King Institute of Preventive Medicine Micro-Biological Section reports 1909-11
Year: 1909
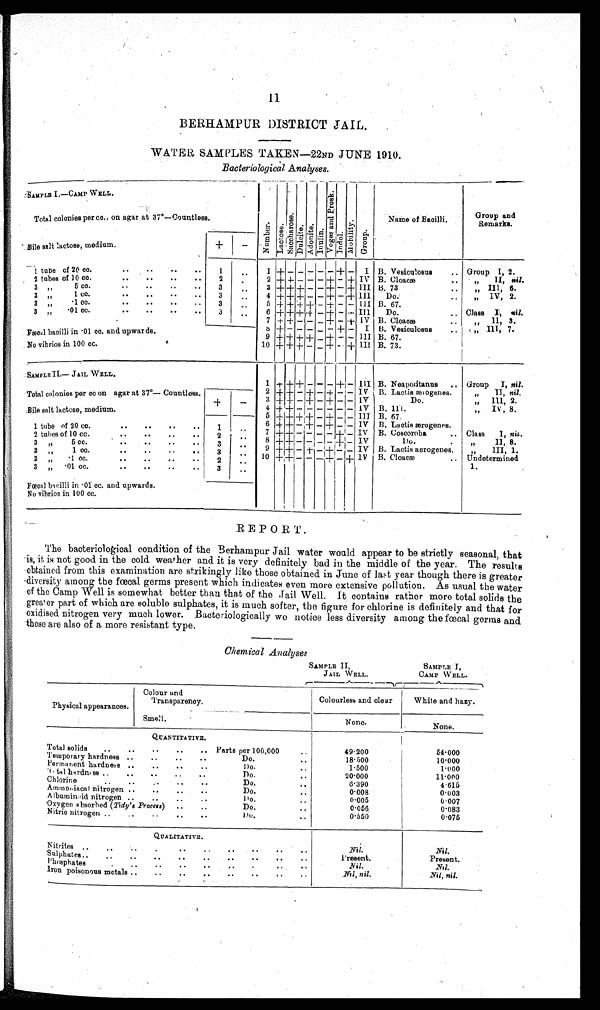
11
BERHAMPUR DISTRICT JAIL.
WATER SAMPLES TAKEN—22ND JUNE 1910.
Bacteriological Analyses.
SAMPLE I.—CAMP WELL.
N u m b e r . L a c t o s e .
S a c c h a r o s e .
D u l c i t e . A d o n i t e . I n u l i n .
V o g e s a n d P r o s k .
I n d o l .
M o t i l i t y .
G r o u p .
Name of Bacilli.
Group and
Remarks.
Total colonies per cc. on agar at 37º—Countless.
Bile salt lactose, medium.
+ -
1 tube f 20 cc. . . . .
..
1
. . 1 + - - - - - + - I B. Vesiculosus .. Group I, 2.
2 tubes of 10 cc
..
..
..
2
.. 2 + + - - - + - + IV B. Cloacæ
.
, ,
I I ,
n i l .
3 , ,
5 cc. . . . .
..
3
.. 3 +
+
+ - -
+
- + III B. 73
..
, ,
I I I ,
6 .
3
, , 1
cc. . .
. .
. .
. .
3
..
4 + + + - - + - + I I I Do.
..
, ,
I V ,
2 .
3 , ,
.1 cc. .. .. .. ..
3
..
5 + + + + - + - - I I I B. 67.
3 , ,
. 0 1 c c . . . . . . . . .
3
..
6 + + + + - + - - I I I Do.
.. Class I, nil.
7 + + -
-
- + - + IV B. Cloacæ
, ,
I I ,
3
8 + - - - - - + - I B. Vesiculosus
.. ,, III, 7.
Fæcal bacilli in .01 cc. and upwards.
9 + + + + - + - - III B. 67.
No vibrios in 100 cc.
10 + + + - - + - + I I I B. 73.
SAMPLE II.— JAIL WELL.
1 + + + - - - + - III B. Neaporitanus .. Group
I ,
n i l .
Total colonies per cc on agar at 37°—Countless.
+
-
2 + + - + - + - - IV B. Lactis ærogenes.
, ,
I I ,
n i l .
3 + + - + - + - - IV
Do.
, ,
I I I , 2 .
4 + + - - - - - - IV B. 111.
, ,
I V 8 .
Bile salt lactose, medium.
5 + + + + - + - - I I I B. 67.
6 + + - + - + - - IV B. Lactis ærogenes.
1 tube of 20 cc. .. .. .. ..
1
. . 7 + + - - - - + - IV B. Coscoroba .. Class I, n i l .
2 tubes of 10 cc.
. .
. .
..
2
. . 8 + + - - - - + - IV
Do.
.
, ,
I I , 8 .
3 , ,
5 cc.
.. .. .. ..
3
.. 9 + + - + - + - - IV B. Lactis aerogenes.
, ,
I I I , 1 .
3 , ,
1 cc
. .
. .
..
3
. . 10 + + - - - + - + I V B. Cloacæ
.. Undetermined
3 , ,
.1 cc. .. .. .. ..
2
..
1.
3 ,, . 0 1 c c . . . . . . . .
3
..
Fœcal bacilli in .01 cc. and upwards.
No vibrios in 100 cc.
REPORT.
The bacteriological condition of the Berhampur Jail water would appear to be strictly seasonal, that
is, it is not good in the cold weather and it is very definitely bad in the middle of the year. The results
obtained from this examination are strikingly like those obtained in June of last year though there is greater
diversity among the fœcal germs present which indicates even more extensive pollution. As usual the water
of the Camp Well is somewhat better than that of the Jail Well. It contains rather more total solids the
greater part of which are soluble sulphates, it is much softer, the figure for chlorine is definitely and that for
oxidised nitrogen very much lower. Bacteriologically we notice less diversity among the fœcal germs and
these are also of a more resistant type.
Chemical Analyses
SAMPLE II,
JAIL WELL.
SAMPLE I,
CAMP WELL.
Physical appearances.
Colour and
Transparency.
Colourless and clear
White and hazy.
Smell.
None.
None.
QUANTITATIVE.
Total solids ..
..
.. ..
Parts per 100,000
..
4 9 . 2 0 0
54.000
Temporary hardness ..
..
..
..
Do.
. .
1 8 . 5 0 0
10.000
Permanent hardness .. .. .. ..
Do.
1.500
1.000
Total hardness .. .. .. .. ..
Do.
. .
20.000
11.000
Chlorine
..
..
...
..
Do.
. .
6.390
4 . 6 1 5
Ammoniacal nitrogen .. .. .. ..
Do.
0.008
0.003
Albuminoid nitrogen .. .. .. ..
Do.
. .
0.005
0.007
Oxygen absorbed ( Tidy's Process) ..
..
Do.
..
0.056
0.083
Nitric nitrogen ..
..
..
...
Do.
. .
0.550
0.075
QUALITATIVE.
Nitrites ..
..
..
..
..
..
..
Nil.
Nil.
Sulphates
.. .. .. .. .. .. ..
Present.
Present.
Phosphates
.. .. .. .. .. ..
Nil.
Nil.
Iron poisonous metals
..
.. .. ..
Nil, nil.
Nil, nil.